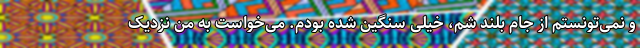
و نمی‌تونستم از جام بلند شم، خیلی سنگین شده بودم. می‌خواست به من نزدیک